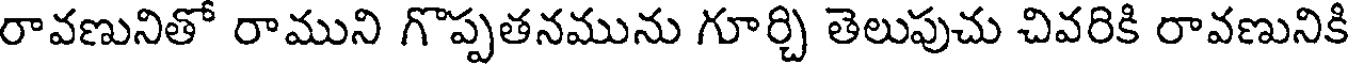
రావణునితో రాముని గొప్పతనమును గూర్చి తెలుపుచు చివరికి రావణునికి